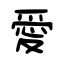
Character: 愛